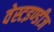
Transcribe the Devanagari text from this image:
वेस्टइण्डीज